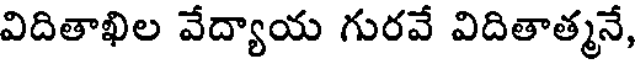
విదితాఖిల వేద్యాయ గురవే విదితాత్మనే,